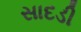
સાદડી